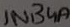
Text: 1N34A